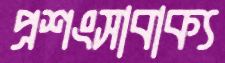
প্রশংসাবাক্য